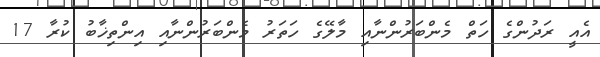
އެއީ ރަދުންގެ ހަތް މެންބަރުންނާއި މާލޭގެ ހަތަރު މެންބަރުންނާއި އިންތިޚާބު ކުރާ 17